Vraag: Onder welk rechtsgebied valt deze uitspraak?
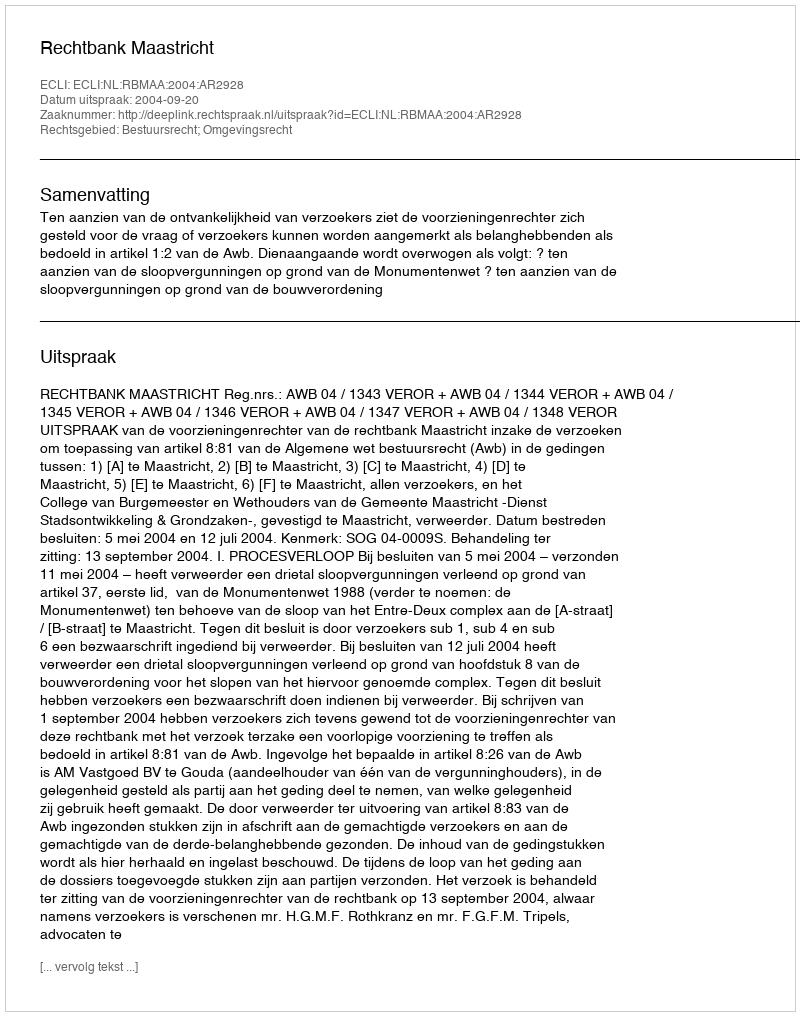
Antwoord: Bestuursrecht; Omgevingsrecht